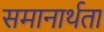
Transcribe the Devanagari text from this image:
समानार्थता